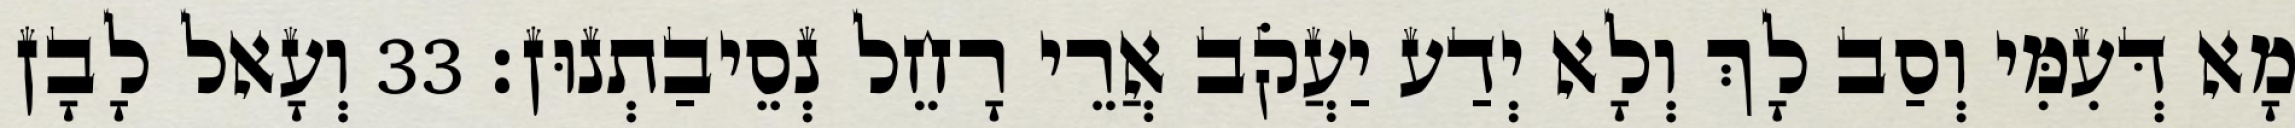
מָא דְּעִמִּי וְסַב לָךְ וְלָא יְדַע יַעֲקֹב אֲרֵי רָחֵל נְסֵיבַתְנוּן׃ 33 וְעָאל לָבָן